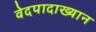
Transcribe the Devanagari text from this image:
वेदपादाख्यान